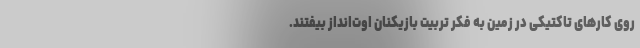
روی کارهای تاکتیکی در زمین به فکر تربیت بازیکنان اوت‌انداز بیفتند.